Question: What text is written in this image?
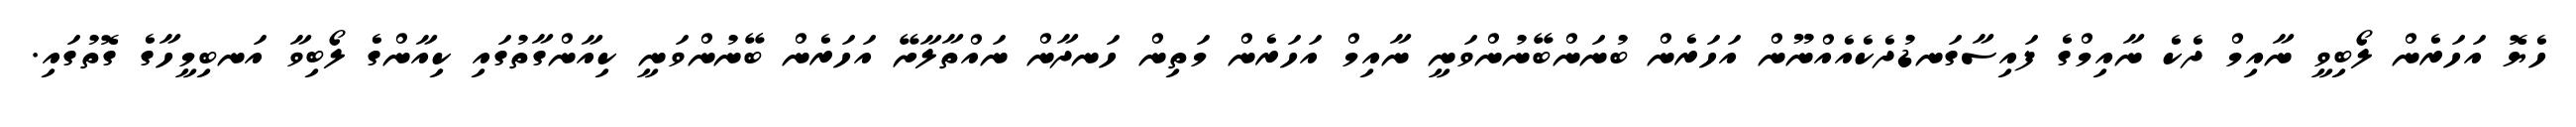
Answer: ހެޔޮ އަހަރެން ލޯބިވީ ނާއިމް ދެކެ ނާއިމްގެ ފައިސާގަނޑުދެކެއެއްނޫން އަހަރެން ބުނަންބޭނުންވަނީ ނާއިމް އަހަރެން މަތިން ހަނދާން ނައްތާލާށޭ އަހަރެން ބޭނުންވަނީ ކިއާންގާތުގައި ކިއާންގެ ލޯބިވާ އަނބިމީހާގެ ގޮތުގައި.